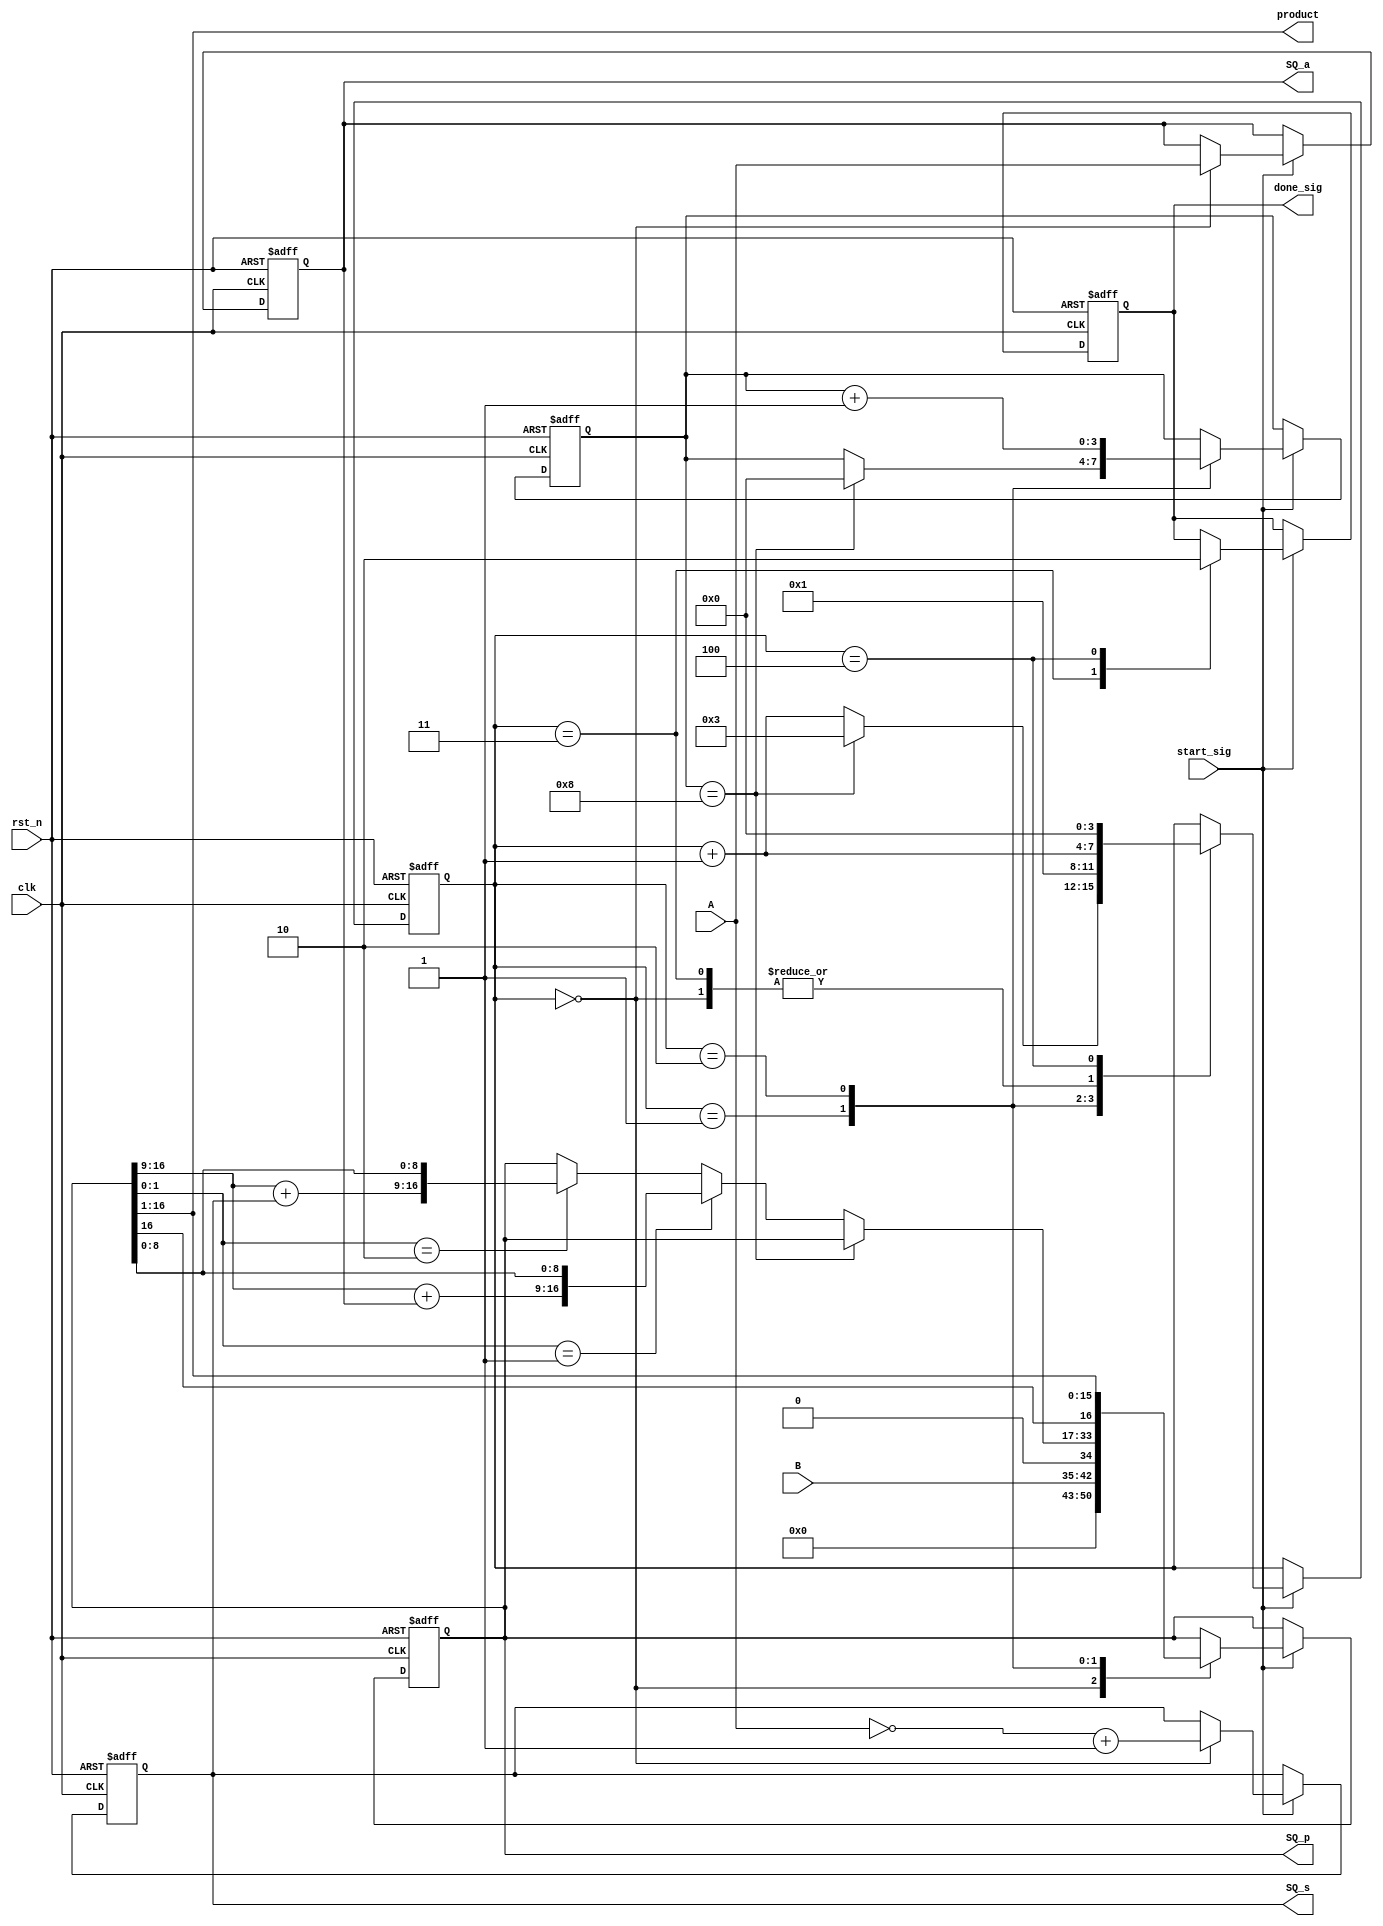


module booth_multiplier_module(
    input clk,
    input rst_n,
    
    input start_sig,
    input [7:0]A,
    input [7:0]B,
    
    output done_sig,
    output [15:0]product,
    
    output [7:0]SQ_a,
    output [7:0]SQ_s,
    output [16:0]SQ_p
    );
    
    /*******************/
    
    reg [3:0]i;
    
    reg [7:0]a;     //result of A
    reg [7:0]s;     //reverse result of A
    reg [16:0]p;    //operation register P=2*8+1=17
    reg [3:0]n;     //n(8)
    reg isDone;
    
    /*******************/
    always @(posedge clk or negedge rst_n) begin
        if (!rst_n) begin
            i <= 4'd0;
            a <= 8'd0;
            s <= 8'd0;
            p <= 17'd0; //p0
            n <= 4'd0;
            isDone <= 1'b0;
        end
        else if (start_sig)
            case (i)
            
                0:
                begin
                    a <= A;
                    s <= (~A + 1'b1);
                    p <= {8'd0, B, 1'b0}; //P
                    i <= i + 1'b1;
                end
                
                1: //P
                    if (n == 8)begin
                        n <= 4'd0;
                        i <= 4'd3; //8 3
                    end
                    else if (p[1:0] == 2'b01) begin //+A
                        p <= {p[16:9]+a, p[8:0]};
                        i <= i + 1'b1;
                    end
                    else if (p[1:0] == 2'b10) begin //-A
                        p <= {p[16:9]+s, p[8:0]};
                        i <= i + 1'b1;
                    end
                    else
                        i <= i + 1'b1;
                        
                2: //P
                begin
                    p <= {p[16], p[16:1]}; //
                    n <= n + 1'b1; //
                    i <= 4'd1; //1 
                end
                
                3: //
                begin
                    isDone <= 1'b1;
                    i <= i + 1'b1;
                end
                
                4:
                begin
                    isDone <= 1'b0;
                    i <= 4'd0;
                end
                
            endcase
    end
    
    assign done_sig = isDone;
    assign product = p[16:1];
    
    assign SQ_a = a;
    assign SQ_s = s;
    assign SQ_p = p;
    
endmodule

///////////////////////////////////////////////////////////////////
// booth
// 1>P P = {n'd0, B, 1'b0};
// 2>P[1:0],P[2n+1:n+1]A,P={P[2n+1:n+1]A, P[n:0]};
// 3>P[2n+1]P
// 4>n2,3
///////////////////////////////////////////////////////////////////